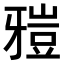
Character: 𤘑